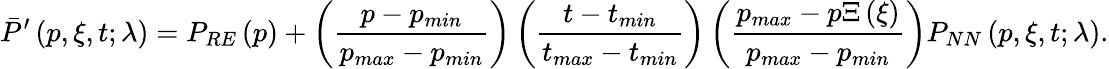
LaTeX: \bar{P}^{\prime}\left(p,\xi,t;\mathbf{\lambda}\right)=P_{RE}\left(p\right)+\left(\frac{p-p_{min}}{p_{max}-p_{min}}\right)\left(\frac{t-t_{min}}{t_{max}-t_{min}}\right)\left(\frac{p_{max}-p\Xi\left(\xi\right)}{p_{max}-p_{min}}\right)P_{NN}\left(p,\xi,t;\mathbf{\lambda}\right).